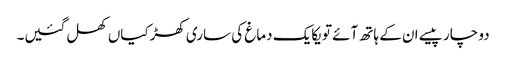
دو چار پیسے ان کے ہاتھ آئے تو یکایک دماغ کی ساری کھڑکیاں کھل گئیں۔